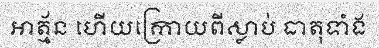
អាត្ម័ន ហើយក្រោយពីស្លាប់ ធាតុទាំង